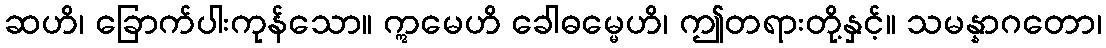
ဆဟိ၊ ခြောက်ပါးကုန်သော။ ဣမေဟိ ခေါဓမ္မေဟိ၊ ဤတရားတို့နှင့်။ သမန္နာဂတော၊